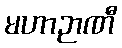
မဟာဉာဏီ